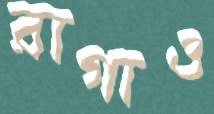
রাগাও